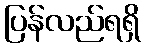
ပြန်လည်ရရှိ